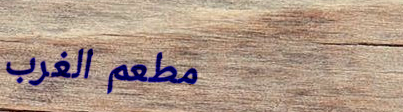
مطعم الغرب